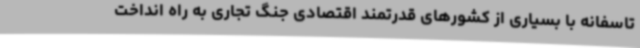
تاسفانه با بسیاری از کشورهای قدرتمند اقتصادی جنگ تجاری به راه انداخت